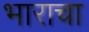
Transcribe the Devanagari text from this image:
भाराचा